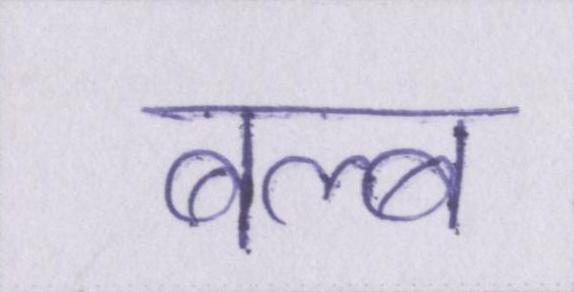
बल्ब